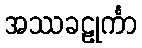
အဿခဠုင်္ကာ